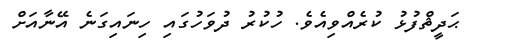
ޙަދީޘްފުޅު ކުރެއްވިއެވެ. ހުކުރު ދުވަހުގައި ހިނައިގަނެ އޭނާއަށް